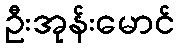
ဦးအုန်းမောင်